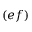
( e f )